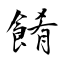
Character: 餚